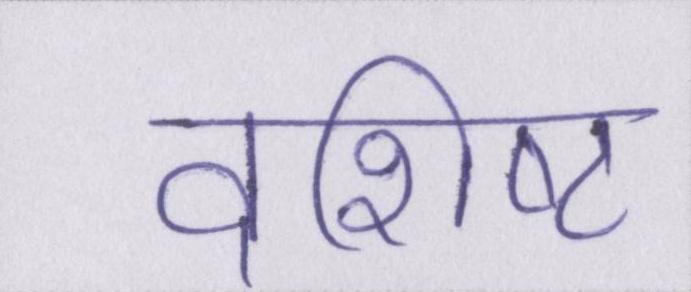
वशिष्ट